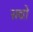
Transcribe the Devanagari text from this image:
सद्यो